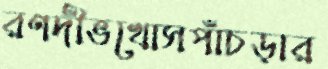
রণদীভখোসপাঁচড়ার